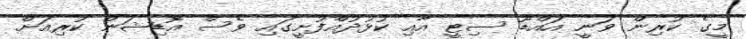
މީގެ ކުރިން ވަނީ އައްޑޫ ސިޓީ އާއި ކުޅުދުއްފުށީގައި ވެސް އޮޑިޝަން ކުރިއަށް